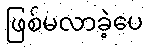
ဖြစ်မလာခဲ့ပေ